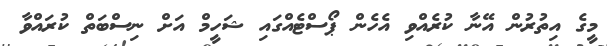
މީގެ އިތުރުން އޭނާ ކުރެއްވި އެހެން ޕޯސްޓެއްގައި ޝަހީމް އަށް ނިސްބަތް ކުރައްވާ